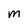
Character: M